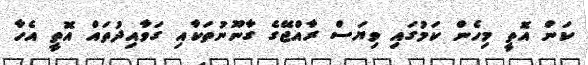
ކަން އޮތީ މިހެން ކަމުގައި ވިޔަސް ރާއްޖޭގެ ގާނޫނުތަކާއި ގަވާއިދުތައް އޮތީ އެހާ